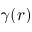
\gamma ( r )